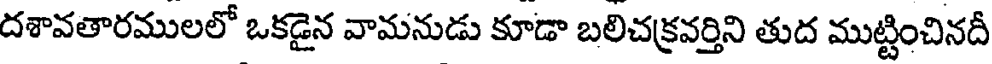
దశావతారములలో ఒకడైన వామనుడు కూడా బలిచక్రవర్తిని తుద ముట్టించినదీ